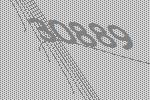
30889